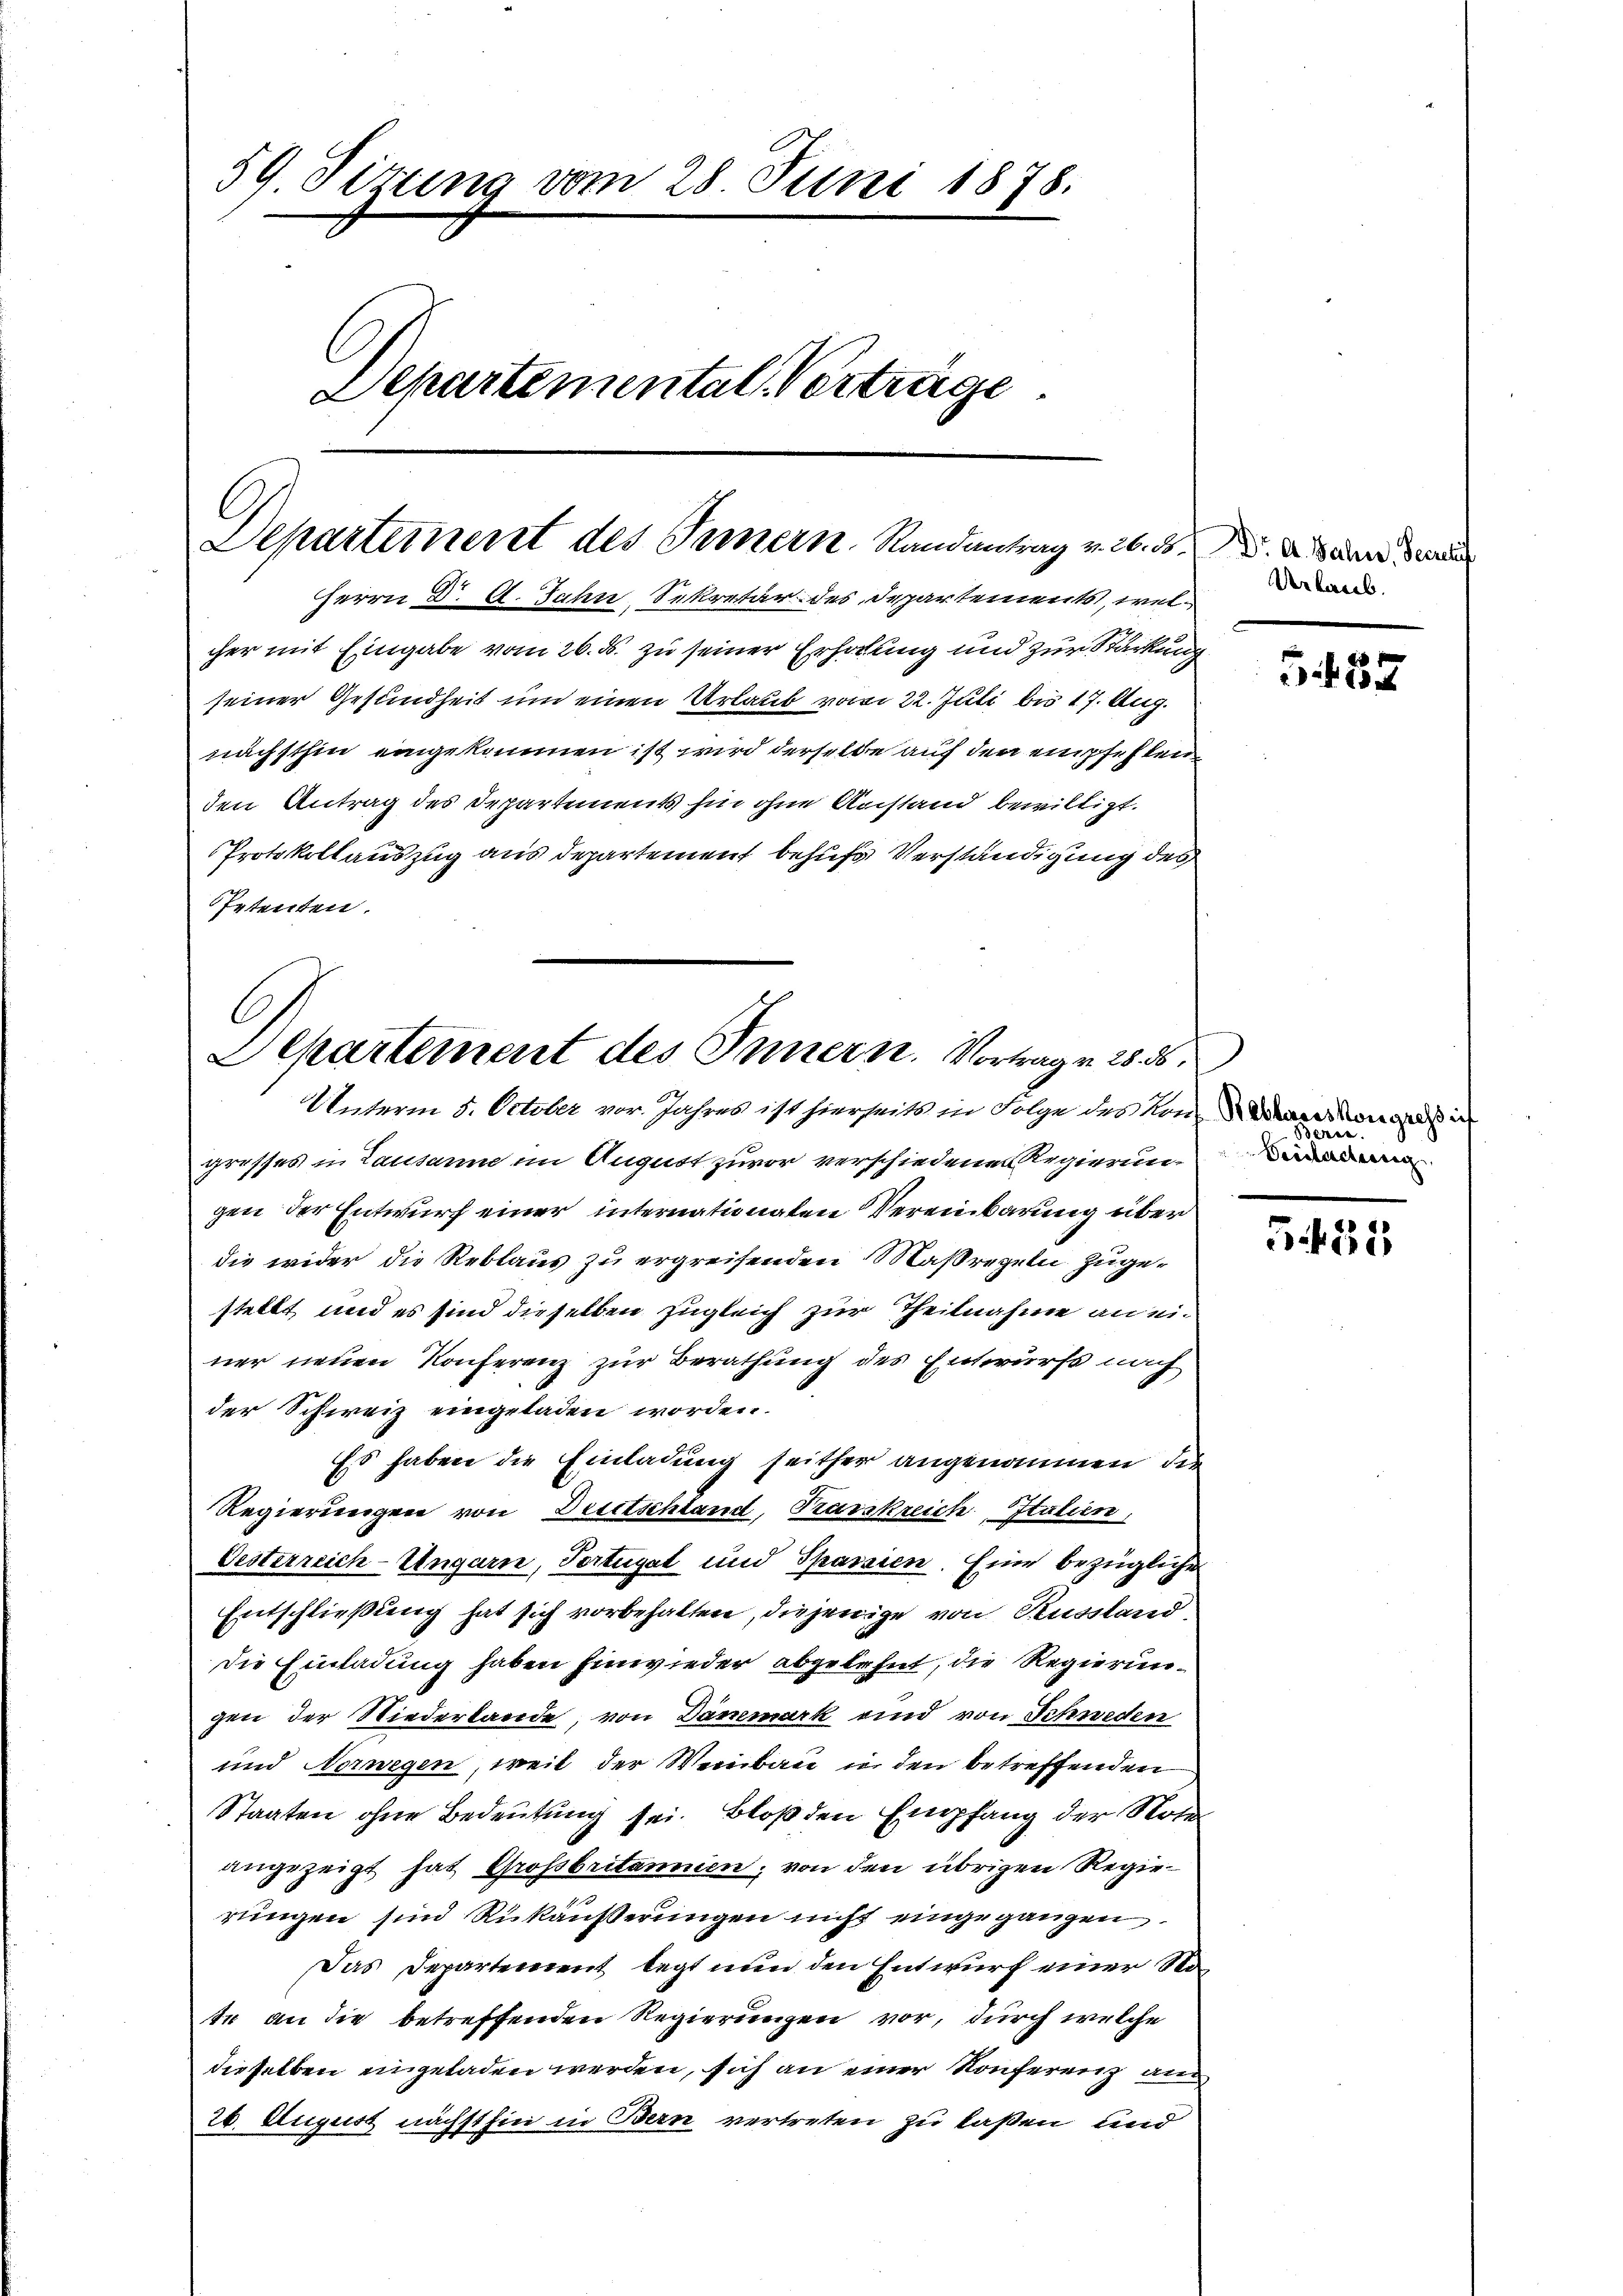
59 Sitzung vom 28. Juni 1878.
Departemental Verträge

Departement des Innern Randantrag v. 26. ds.
Herrn Dr. A. Jahn, Sekretär des Departements, wel¬

seiner Gesundheit um einen Urlaub vom 22. Juli bis 17. Aug.
nächsthin eingekommen ist wird derselbe auf den empfehlen

den Antrag des Departements hin ohne Anstand bewilligt.

.
Departement des Innern. Vortrage 28. 56:
Unterm 5. October vor. Jahres ist hierseits in Folge des von Wann di

cher mit Eingabe vom 26. ds. zu seiner Erholung und zur Stärkung
Protokollauszug aus departement behufs Verständigung des
Petenten.
grosses in Lausanne im August zuvor verschiedenen Regierung
gen der Entwurf einer internationalen Vereinbarung über
die wider die Reblaus zu ergreifenden Maßregeln zugestellt und es sind dieselben zugleich zur Theilnahme an einer neuen Konferenz zur Berathung des Entwurf nach
der Schweiz eingeladen worden.
Es haben die Einladung seither angenommen, die
Regierungen von Deutschland, Krankreich Italien,
Oesterreich-Ungarn, Tortugal und Spanien. Eine bezügliche
Entschließung hat sich vorbehalten, diejenige von Russland
die Einladung haben hinwieder abgelehnt, die Regierungen der Niederlande, von Dämmark und von Schweden
und Norwegen, weil der Weinbau in den betreffenden
Staaten ohne Bedeutung sei. Bloß den Empfang der Note
angezeigt hat Grossbritannin; von den übrigen Regierungen sind Rükäußerungen nicht eingegangen.
Das Departement legt nun den Entwurf einer Note an die betreffenden Regierungen vor, durch welche
dieselben eingeladen werden, sich an einer Konferenz an
26. August nächsthin in Bern vertreten zu laßen und

erkanal.

e
10x

Bern.
Veisladeng

54. 221.